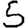
Digit: 5